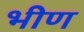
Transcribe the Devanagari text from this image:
भीण